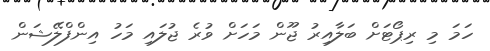
ހަމަ މި ރިޕޯޓަށް ބަލާއިރު ޖޫން މަހަށް ވުރެ ޖުލައި މަހު އިންފްލޭޝަން